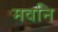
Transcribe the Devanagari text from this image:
मवनि